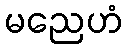
မညေဟံ